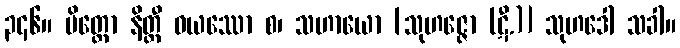
၃၄၆။ မိတ္တော နိတ္ထီ ဝယဿော စ၊ သဟာယော [သုဟဇ္ဇော (ဋီ.)] သုဟဒေါ သခါ။